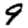
Digit: 9